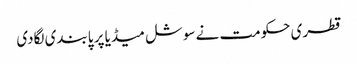
قطری حکومت نے سوشل میڈیا پر پابندی لگادی